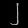
Digit: ၂